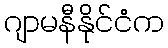
ဂျာမနီနိုင်ငံက